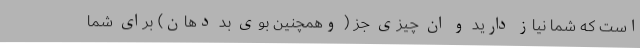
است که شما نیاز دارید و ان چیزی جز ( وهمچنین بوی بد دهان) برای شما